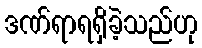
ဒဏ်ရာရရှိခဲ့သည်ဟု